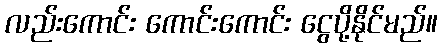
လည်းကောင်း ကောင်းကောင်း ငွေပို့နိုင်မည်။